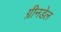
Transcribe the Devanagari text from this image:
ग्रीनडेल